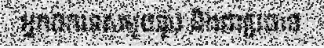
អ្នកឯកទេសមួយរូប និងជាប្រធាន